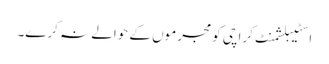
اسٹیبلشمنٹ کراچی کو مجرموں کے حوالے نہ کرے۔